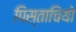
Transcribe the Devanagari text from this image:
पिस्ताचियो